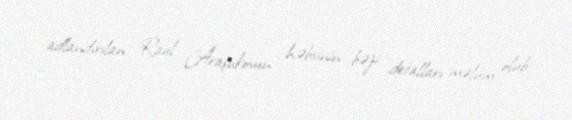
adlandırılan Raul Araşukovun həbsinin bəzi detalları məlum olub.